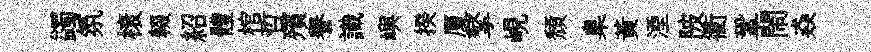
蠲氛榱輟紹體棺哲殯譽識嶼揆厦擎峴頹臬黃湮陂衢鞏閙猋